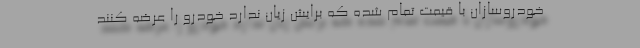
خودروسازان با قیمت تمام شده که برایش زیان ندارد خودرو را عرضه کنند